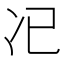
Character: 𠖰